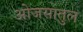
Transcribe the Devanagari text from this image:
ओजसातुल